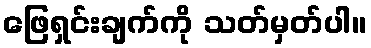
ဖြေရှင်းချက်ကို သတ်မှတ်ပါ။